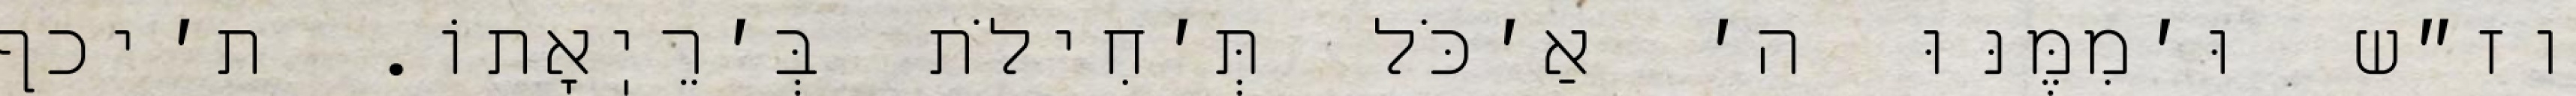
וז״ש וּ׳מִמֶּנּוּ ה׳ אַ׳כֹּל תְּ׳חִילֹת בְּ׳רֵיֽאָתוֹ. ת׳יכף